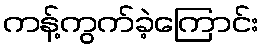
ကန့်ကွက်ခဲ့ကြောင်း